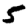
Digit: 5